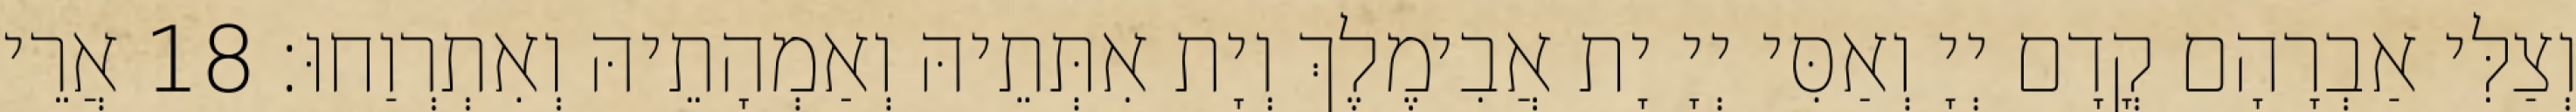
וְצַלִּי אַבְרָהָם קֳדָם יְיָ וְאַסִּי יְיָ יָת אֲבִימֶלֶךְ וְיָת אִתְּתֵיהּ וְאַמְהָתֵיהּ וְאִתְרְוַחוּ׃ 18 אֲרֵי